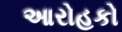
આરોહકો